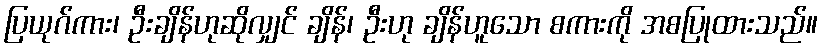
ပြယုဂ်ကား၊ ဦးချိန်ဟုဆိုလျှင် ချိန်၊ ဦးဟု ချိန်ဟူသော စကားကို အစပြုထားသည်။